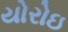
યોરોઇ